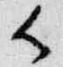
御